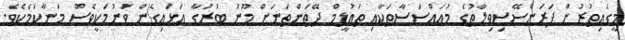
މީގެއިތުރުން ފަރަންސޭސިވިލާތުގެ މުއައްސަސާތަކާއި ތައުލީމް ދޭތަންތަނަށް މޫނު ބުރުގާ އަޅައިގެން ވަނުމަކީވެސް މަނާކަމެކެވެ.